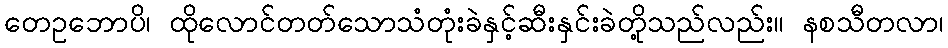
တေဥဘောပိ၊ ထိုလောင်တတ်သောသံတုံးခဲနှင့်ဆီးနှင်းခဲတို့သည်လည်း။ နစသီတလာ၊